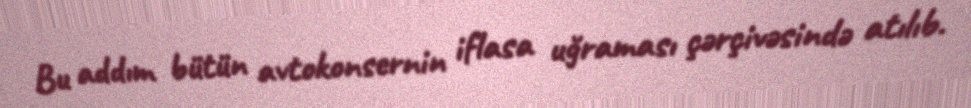
Bu addım bütün avtokonsernin iflasa uğraması çərçivəsində atılıb.